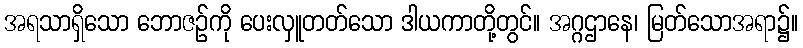
အရသာရှိသော ဘောဇဉ်ကို ပေးလှူတတ်သော ဒါယကာတို့တွင်။ အဂ္ဂဌာနေ၊ မြတ်သောအရာ၌။